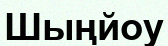
Шыңйоу